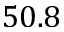
5 0 . 8